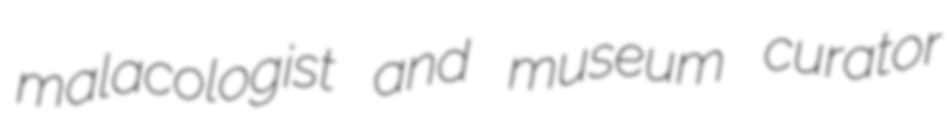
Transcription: malacologist and museum curator